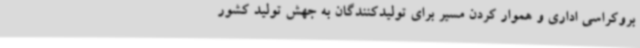
بروکراسی اداری و هموار کردن مسیر برای تولیدکنندگان به جهش تولید کشور